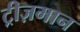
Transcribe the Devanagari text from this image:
ट्रीज़मान